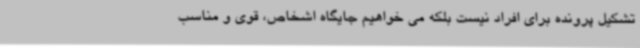
تشکیل پرونده برای افراد نیست بلکه می خواهیم جایگاه اشخاص، قوی و مناسب